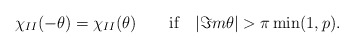
\begin{align*}\chi _{II}(-\theta )=\chi _{II}(\theta )\qquad \textrm{if}\quad |\Im m\theta |>\pi \min (1,p).\end{align*}